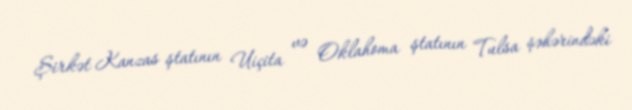
Şirkət Kanzas ştatının Uiçita və Oklahoma ştatının Tulsa şəhərindəki